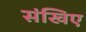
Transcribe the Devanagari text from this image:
संखिए